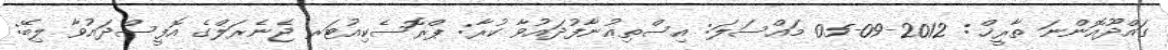
ގައްދޫއޮންނަ ތާރީޚް: 2012-09-05 މައްސަލަ: އިސްތިޢުނާފުދައުވާ ކުރާ: ޕްރޮސެކިއުޓަރ ޖެނެރަލްގެ އޮފީސްދައުވާ ލިބޭ: